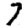
Digit: 7